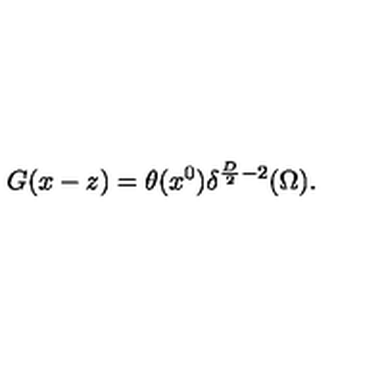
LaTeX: G ( x - z ) = \theta ( x ^ { 0 } ) \delta ^ { { \frac { D } { 2 } } - 2 } ( \Omega ) .